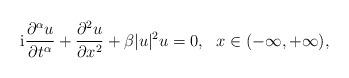
LaTeX: \begin{align*} \textrm{i}\frac{\partial^\alpha u}{\partial t^\alpha}+\frac{\partial^2 u}{\partial x^2} + \beta|u|^2u=0, \ \ x\in(-\infty,+\infty),\end{align*}